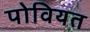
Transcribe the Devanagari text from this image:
पोवियत